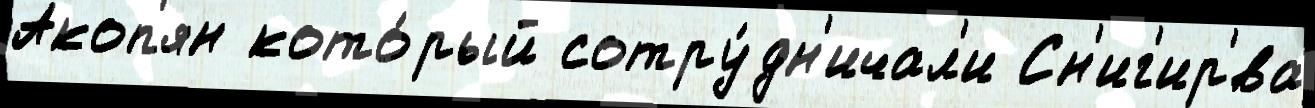
Акоп'ян кото́рый сотру́дн'ичал'и Сн'иг'ир'́ва